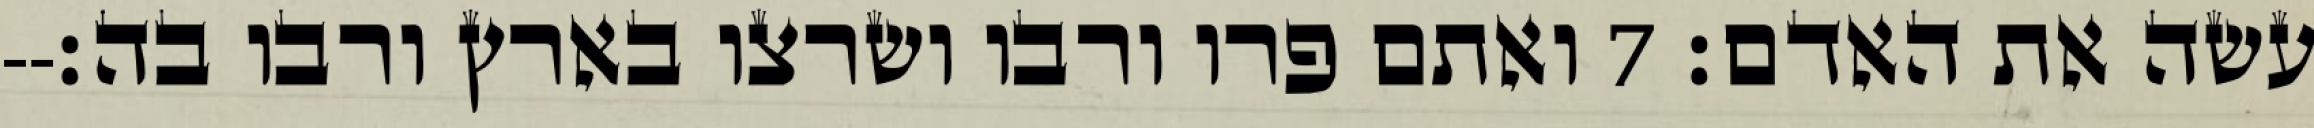
עשה את האדם׃ ‎7‏ ואתם פרו ורבו ושרצו בארץ ורבו בה׃--